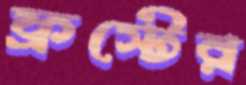
ফ্রস্টের